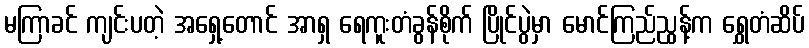
မကြာခင် ကျင်းပတဲ့ အရှေ့တောင် အာရှ ရေကူးတံခွန်စိုက် ပြိုင်ပွဲမှာ မောင်ကြည်ညွန့်က ရွှေတံဆိပ်